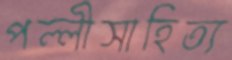
পল্লীসাহিত্য